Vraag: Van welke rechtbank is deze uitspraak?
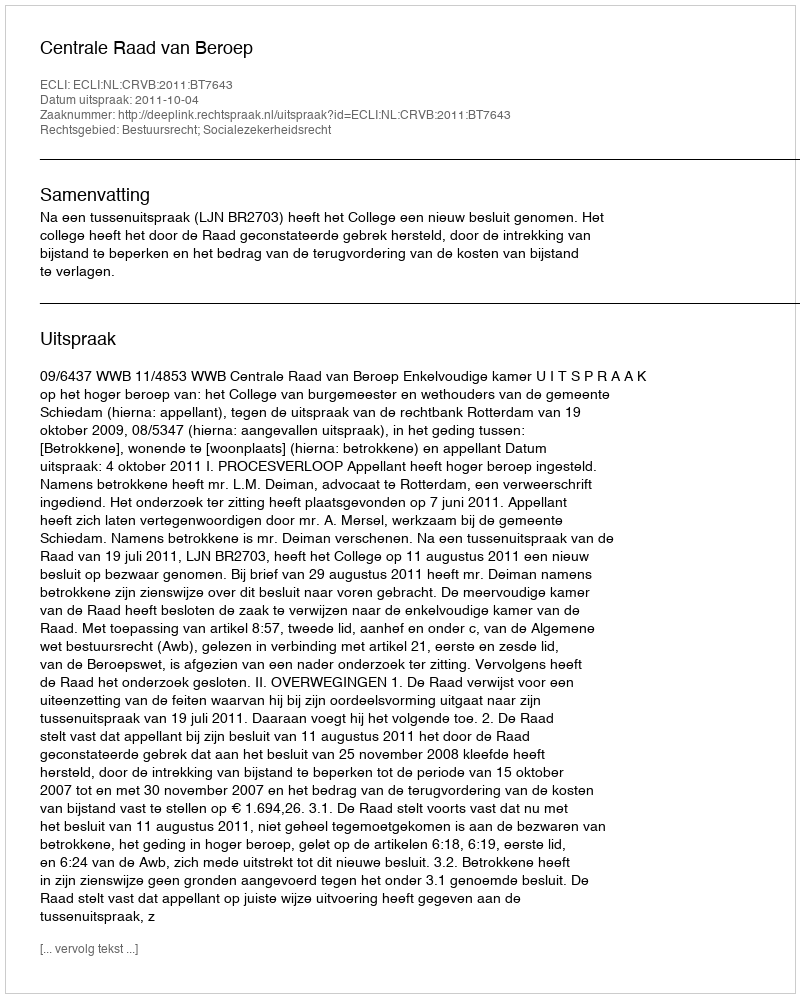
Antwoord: Centrale Raad van Beroep